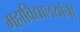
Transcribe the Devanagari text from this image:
महाविद्यालयांनी